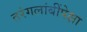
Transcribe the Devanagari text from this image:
तरंगलांबींपेक्षा